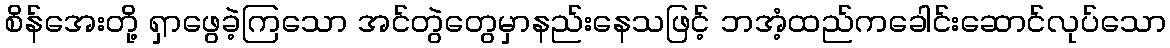
စိန်အေးတို့ ရှာဖွေခဲ့ကြသော အင်တွဲတွေမှာနည်းနေသဖြင့် ဘအံ့ထည်ကခေါင်းဆောင်လုပ်သော